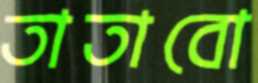
তাতাবো